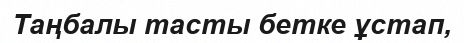
Таңбалы тасты бетке ұстап,